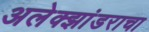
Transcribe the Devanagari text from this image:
अलेक्झांडराचा